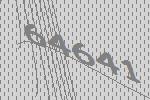
64641